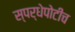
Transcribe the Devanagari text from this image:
स्पर्धेपोटीच